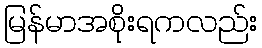
မြန်မာအစိုးရကလည်း